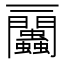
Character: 𧖔